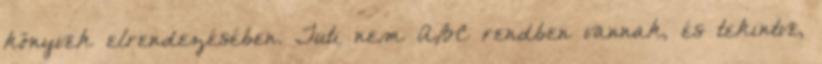
könyvek elrendezésében. Tuti nem ABC rendben vannak, és tekintve,